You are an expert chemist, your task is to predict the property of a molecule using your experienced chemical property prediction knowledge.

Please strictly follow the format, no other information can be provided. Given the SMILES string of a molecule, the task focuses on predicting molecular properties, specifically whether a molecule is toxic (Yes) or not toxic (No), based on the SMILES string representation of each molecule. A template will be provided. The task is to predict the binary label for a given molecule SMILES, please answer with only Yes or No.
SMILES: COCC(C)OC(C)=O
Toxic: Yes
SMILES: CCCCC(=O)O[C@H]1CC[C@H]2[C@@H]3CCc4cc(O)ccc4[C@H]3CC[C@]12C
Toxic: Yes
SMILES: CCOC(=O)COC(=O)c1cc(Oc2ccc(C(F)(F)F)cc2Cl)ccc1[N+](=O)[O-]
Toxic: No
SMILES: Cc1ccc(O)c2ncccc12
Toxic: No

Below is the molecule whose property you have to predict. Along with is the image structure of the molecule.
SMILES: CCC(C(N)=O)N1CCCC1=O
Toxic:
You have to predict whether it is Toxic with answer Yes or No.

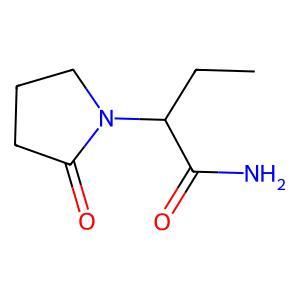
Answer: No